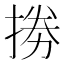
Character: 𢮙